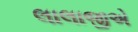
લાલાજીએ